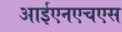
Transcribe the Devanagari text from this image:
आईएनएचएस